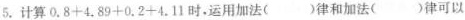
5.计算$$0 . 8 + 4 . 8 9 + 0 . 2 + 4 . 1 1$$时，运用加法( )律和加法( )律可以